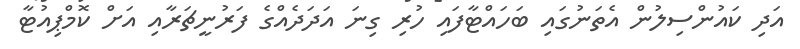
އަދި ކައުންސިލުން އެތަނުގައި ބަހައްޓާފައި ހުރި ގިނަ އަދަދެއްގެ ފަރުނީޗަރާއި އަށް ކޮމްޕިއުޓާ